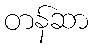
တန်ဆာ